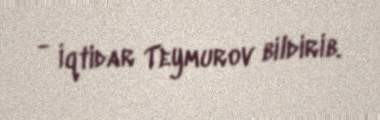
- İqtidar Teymurov bildirib.